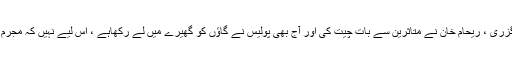
اُنہوں نے کہاکہ یہ نہیں سوچاگیاکہ متاثرہ بچوں کے والدین پر کیا گزری ، ریحام خان نے متاثرین سے بات چیت کی اور آج بھی پولیس نے گاﺅں کو گھیرے میں لے رکھاہے ، اس لیے نہیں کہ مجرم پکڑیں گے بلکہ متاثرین پر سمجھوتے کے لیے دباﺅڈالا جارہاہے ۔